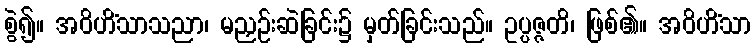
စွဲ၍။ အဝိဟိံသာသညာ၊ မညှဉ်းဆဲခြင်း၌ မှတ်ခြင်းသည်။ ဥပ္ပဇ္ဇတိ၊ ဖြစ်၏။ အဝိဟိံသာ